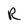
Character: R